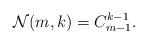
LaTeX: \begin{align*}\mathcal{N}(m,k)=C_{m-1}^{k-1}.\end{align*}